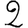
Digit: 2